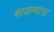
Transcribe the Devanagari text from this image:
बरळण्याचा